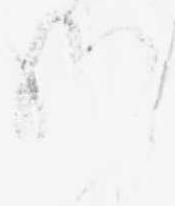
給